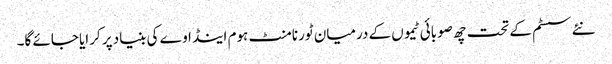
نئے سسٹم کے تحت چھ صوبائی ٹیموں کے درمیان ٹورنامنٹ ہوم اینڈ اوے کی بنیاد پر کرایا جائے گا۔